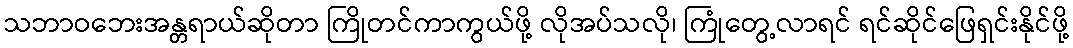
သဘာဝဘေးအန္တရာယ်ဆိုတာ ကြိုတင်ကာကွယ်ဖို့ လိုအပ်သလို၊ ကြုံတွေ့လာရင် ရင်ဆိုင်ဖြေရှင်းနိုင်ဖို့